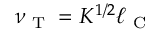
\nu _ { \textrm { T } } = K ^ { 1 / 2 } \ell _ { \textrm { C } }